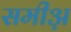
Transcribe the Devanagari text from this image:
समीअ़